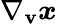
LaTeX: \nabla_{\mathbf{v}}\boldsymbol{x}